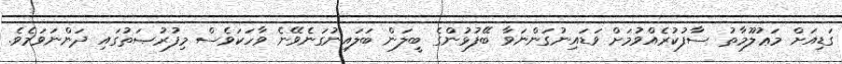
ގަޑިއަށް މަޢުލޫމާތު ސާފުކުރެއްވުމަށް ވަޑައިނުގަންނަވާ ބޭފުޅުންގެ ބީލަން ބަލައިނުގަނެވޭނެ ވާހަކަވެސް މިފުރުޞަތުގައި ދަންނަވަމެވެ.